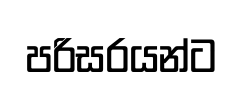
පරිසරයන්ට